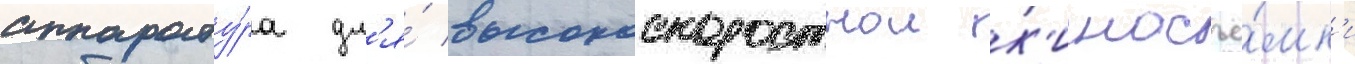
аппарату́ра дл'я́ высокоскоростнои к'иносъё́мк'и